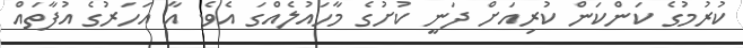
ކުރުމުގެ ކަންކަން ކުރިއަށް ދަނީ ކުށުގެ މާހައުލެއްގަ އެވެ. އާ އަހަރުގެ އުފާތައް